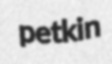
petkin